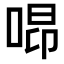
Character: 𠵫